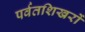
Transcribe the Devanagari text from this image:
पर्वतशिखरों